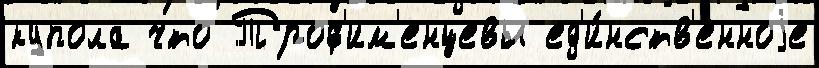
купола что Троф'им'енцевы ед'и́нств'енноjе